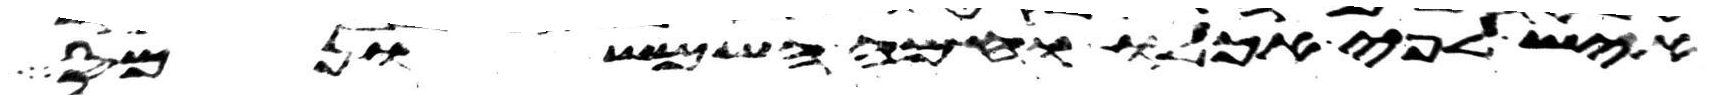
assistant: איש לפי אכלו וחמה השמש ונמס